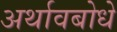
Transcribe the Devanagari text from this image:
अर्थावबोधे